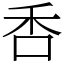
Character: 㕿